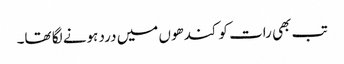
تب بھی رات کو کندھوں میں درد ہونے لگا تھا۔